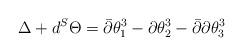
LaTeX: \begin{align*}\Delta+ d^{S} \Theta=\bar{\partial}\theta_1^3-\partial\theta_2^3-\bar{\partial}\partial\theta_3^3\end{align*}